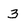
Character: 3